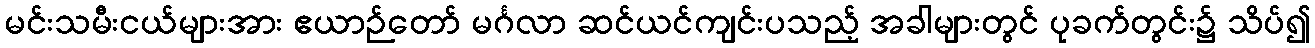
မင်းသမီးငယ်များအား ဧယာဉ်တော် မင်္ဂလာ ဆင်ယင်ကျင်းပသည့် အခါများတွင် ပုခက်တွင်း၌ သိပ်၍